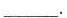
___.